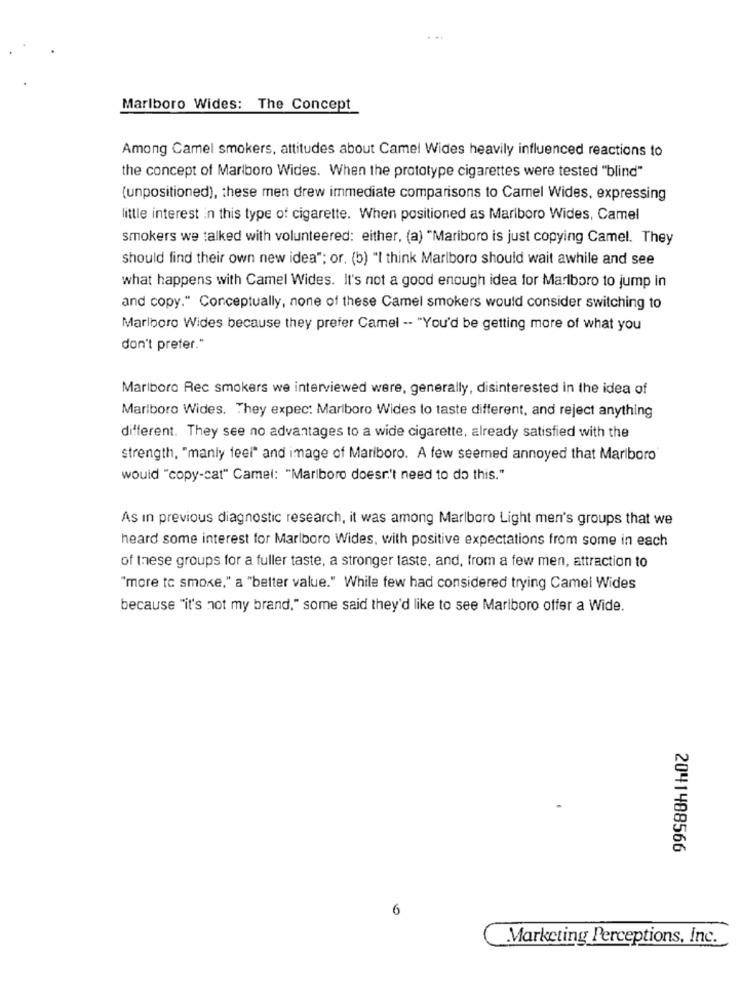
Marlboro Wides: The Concept
Among Camel smokers, attitudes about Camel Wides heavily influenced reactions to
the concept of Marlboro Wides. When the prototype cigarettes were tested "blind"
(unpositioned), these men drew immediate comparisons to Camel Wides, expressing
little interest in this type of cigarette. When positioned as Marlboro Wides, Camel
smokers we talked with volunteered: either, (a) "Mariboro is just copying Camel. They
should find their own new idea"; or. (b) "I think Marlboro should wait awhile and see
what happens with Camel Wides. It's not a good enough idea for Marlboro to jump In
and copy." Conceptually, none of these Camel smokers would consider switching to
Marlboro Wides because they prefer Camel -- "You'd be getting more of what you
don't prefer."
Marlboro Rec smokers we interviewed were, generally, disinterested in the idea of
Marlboro Wides. They expec: Marlboro Wides to taste different, and reject anything
different. They see no advantages to a wide cigarette, already satisfied with the
strength, "manly feel" and image of Mariboro. A few seemed annoyed that Marlboro
would "copy-cat" Camel: "Marlboro doesn't need to do this."
As in previous diagnostic research, it was among Marlboro Light men's groups that we
heard some interest for Marlboro Wides, with positive expectations from some in each
of these groups for a fuller taste, a stronger taste, and, from a few men, attraction to
"more to smoke," a "better value." While few had considered trying Camel Wides
because "it's not my brand," some said they'd like to see Marlboro offer a Wide.
2041488566
6
Marketing Perceptions, Inc.